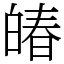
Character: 㿤